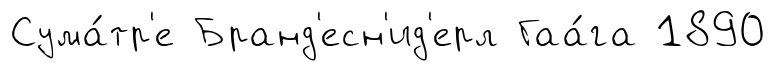
Сума́тр'е Бранд'есн'ид'ерл Гаа́га 1890